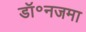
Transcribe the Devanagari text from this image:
डॉ॰नजमा